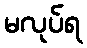
မလုပ်ရ